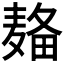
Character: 𱋚